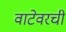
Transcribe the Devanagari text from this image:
वाटेवरची